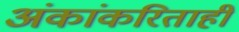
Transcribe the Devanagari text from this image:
अंकांकरिताही